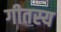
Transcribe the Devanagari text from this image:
गीतस्य